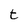
Character: t